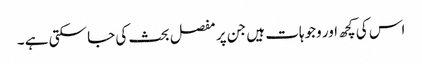
اس کی کچھ اور وجوہات ہیں جن پر مفصل بحث کی جا سکتی ہے ۔